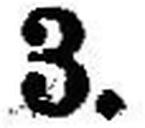
3.